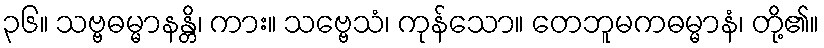
၃၆။ သဗ္ဗဓမ္မာနန္တိ၊ ကား။ သဗ္ဗေသံ၊ ကုန်သော။ တေဘူမကဓမ္မာနံ၊ တို့၏။